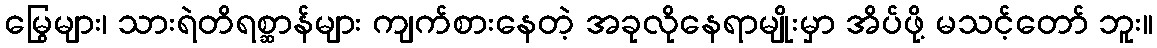
မြွေများ၊ သားရဲတိရစ္ဆာန်များ ကျက်စားနေတဲ့ အခုလိုနေရာမျိုးမှာ အိပ်ဖို့ မသင့်တော် ဘူး။